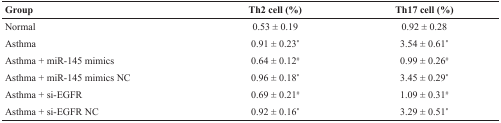
<table><thead><tr><td><b>Group</b></td><td><b>Th2 cell (%)</b></td><td><b>Th17 cell (%)</b></td></tr></thead><tbody><tr><td>Normal</td><td>0.53 ± 0.19</td><td>0.92 ± 0.28</td></tr><tr><td>Asthma</td><td>0.91 ± 0.23*</td><td>3.54 ± 0.61*</td></tr><tr><td>Asthma + miR-145 mimics</td><td>0.64 ± 0.12<sup>#</sup></td><td>0.99 ± 0.26<sup>#</sup></td></tr><tr><td>Asthma + miR-145 mimics NC</td><td>0.96 ± 0.18*</td><td>3.45 ± 0.29*</td></tr><tr><td>Asthma + si-EGFR</td><td>0.69 ± 0.21<sup>#</sup></td><td>1.09 ± 0.31<sup>#</sup></td></tr><tr><td>Asthma + si-EGFR NC</td><td>0.92 ± 0.16*</td><td>3.29 ± 0.51*</td></tr></tbody></table>